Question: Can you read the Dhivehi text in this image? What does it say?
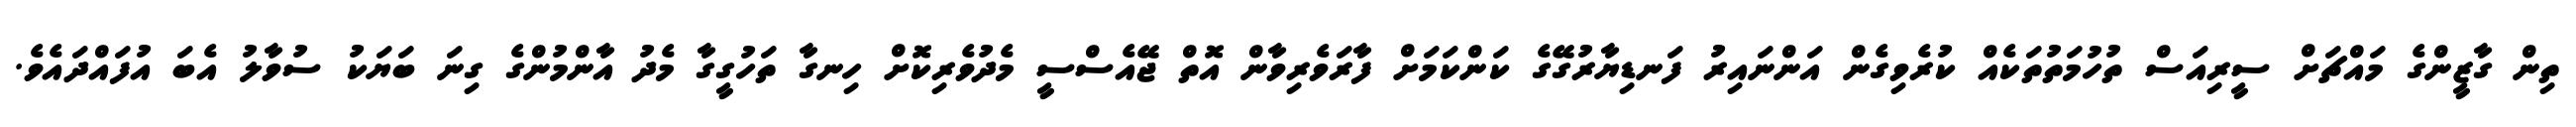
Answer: ތިން ގާޒީންގެ މައްޗަށް ސީރިއަސް ތުހުމަތުތަކެއް ކުރެވިގެން އަންނައިރު ފަނޑިޔާރުގޭގެ ކަންކަމަށް ފާރަވެރިވާން އޮތް ޖޭއެސްސީ މެދުވެރިކޮށް ހިނގާ ތަހުގީގާ މެދު އާންމުންގެ ގިނަ ބަޔަކު ސުވާލު އެބަ އުފައްދައެވެ.